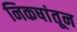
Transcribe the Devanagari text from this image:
निकषांतून